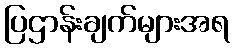
ပြဌာန်းချက်များအရ